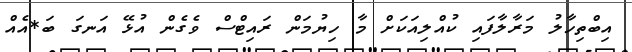
އިބްތިހާލު މަރާލާފައި ކުއްލިއަކަށް މާ ހިޔުމަން ރައިޓްސް ވެގެން އުޅޭ އަނގަ ބަ*އެއް